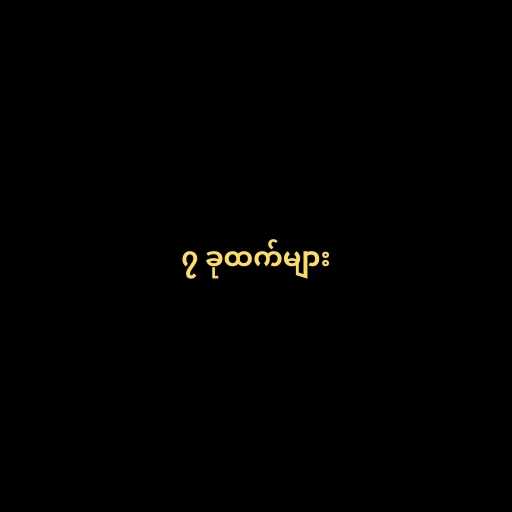
၇ ခုထက်များ